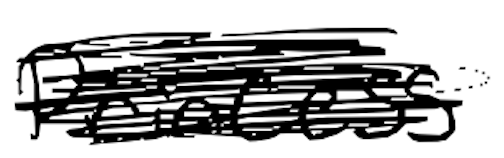
Text: Princess
Cross-out: scratch
Writing tool: digital_black